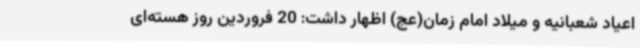
اعیاد شعبانیه و میلاد امام زمان(عج) اظهار داشت: 20 فروردین روز هسته‌ای